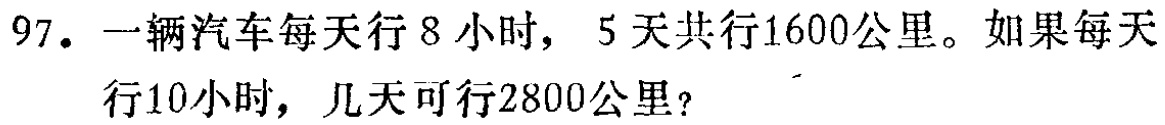
97. 一辆汽车每天行 8 小时，5 天共行1600公里。如果每天行10小时，几天可行2800公里？